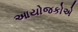
આયોજકોએ